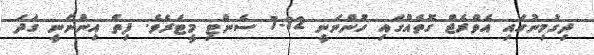
ދިގުމިނުގައި އެވްރެޖް ގޮތެއްގައި ހުންނަނީ 12-7 ސެންޓި މީޓަރެވެ. ފިތް އިންނަނީ ގަދަ